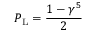
P _ { \mathrm { { L } } } = { \frac { 1 - \gamma ^ { 5 } } { 2 } }